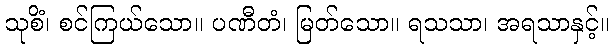
သုစိံ၊ စင်ကြယ်သော။ ပဏီတံ၊ မြတ်သော။ ရသသာ၊ အရသာနှင့်။